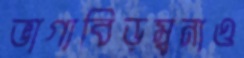
ভাগ্যবিড়ম্বনাও